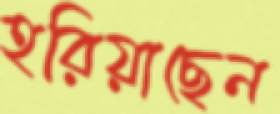
হরিয়াছেন